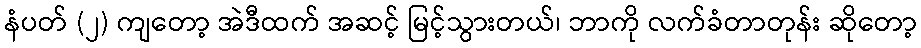
နံပတ် (၂) ကျတော့ အဲဒီထက် အဆင့် မြင့်သွားတယ်၊ ဘာကို လက်ခံတာတုန်း ဆိုတော့